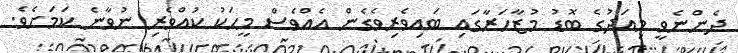
ދެންނެވީ މިއަދުގެ ބޮޑު މުޒާހަރާގައި ބައިވެރިވެގެން އެއްވެސް މީހަކު ކުއްވެރި ނުވާނެ ކަމަށެވެ.